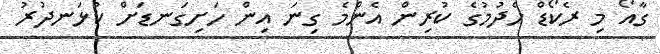
ގާއޯ މި ރެކޯޑް ހެދުމުގެ ކުރިން އެންމެ ގިނަ އިން ހަށިގަނޑަށް ކުޅަނދުރު